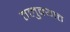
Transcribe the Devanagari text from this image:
तलुक्यात